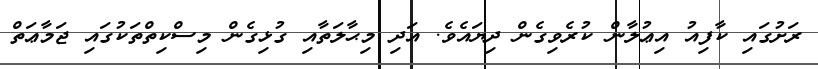
ރަށުގައި ކާފިއު އިޢުލާން ކުރެވިގެން ދިޔައެވެ. އަދި މިޙާލަތާއި ގުޅިގެން މިސްކިތްތަކުގައި ޖަމާޢަތް